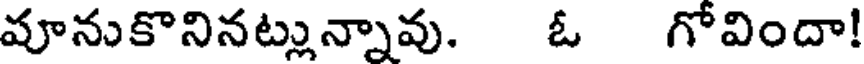
వూనుకొనినట్లున్నావు. ఓ గోవిందా!